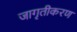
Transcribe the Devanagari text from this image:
जागृतीकरण